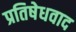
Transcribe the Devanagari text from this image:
प्रतिषेधवाद